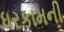
ધરકામની